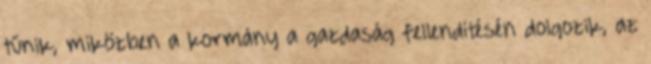
tűnik, miközben a kormány a gazdaság fellendítésén dolgozik, az